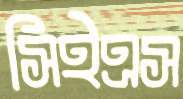
সিইএস